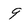
Character: 9